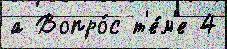
а Вопро́с т'е́м'е 4